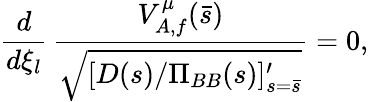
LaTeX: {\frac{d}{d\xi_{l}}}\, {\frac{V_{A,f}^{\mu}(\bar{s})}{\sqrt{[D(s)/\Pi_{BB}(s)]_{s=\bar{s}}^{\prime}}}}=0,